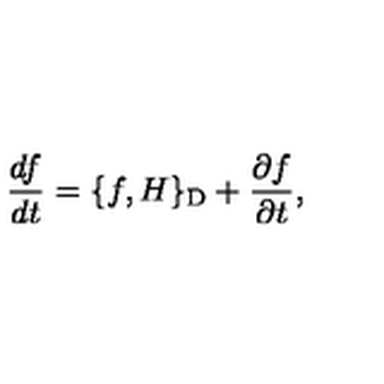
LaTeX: \frac { d f } { d t } = \{ f , H \} _ { \mathrm { D } } + \frac { \partial f } { \partial t } ,